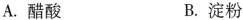
A.醋酸 B.淀粉